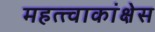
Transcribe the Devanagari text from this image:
महत्त्वाकांक्षेस